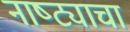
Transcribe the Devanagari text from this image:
नाष्ट्याचा